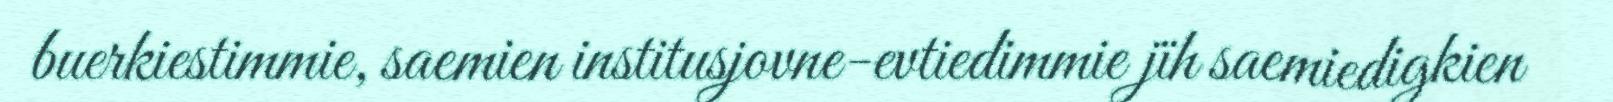
buerkiestimmie, saemien institusjovne-evtiedimmie jïh saemiedigkien